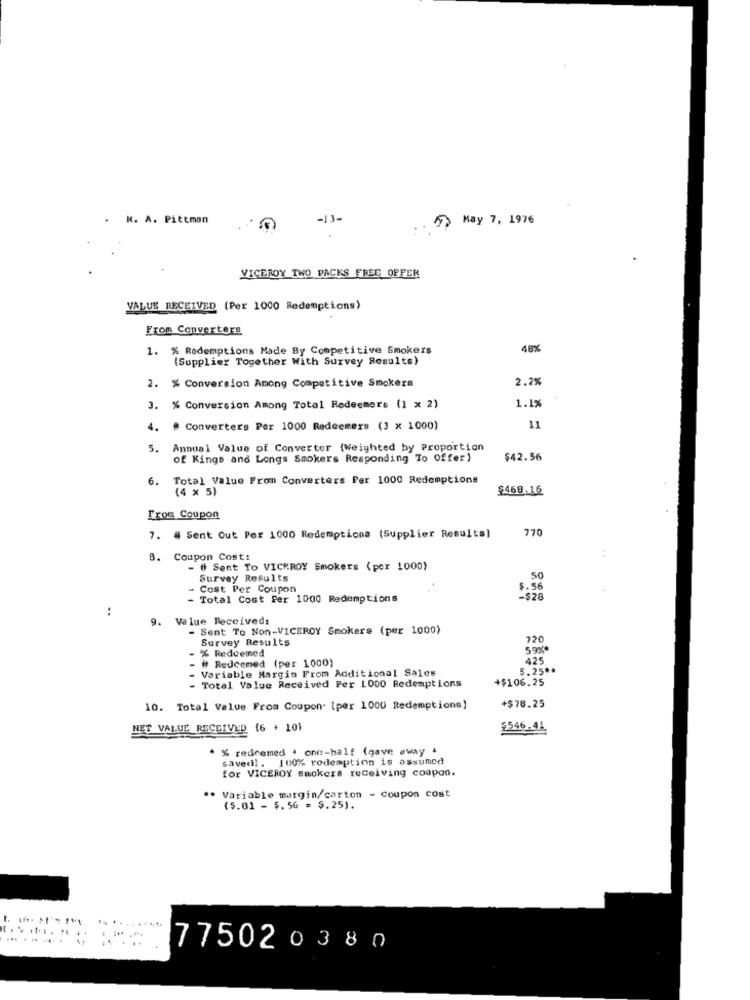
. K. A. Pittman
-13-
5) May 7, 1976
VICEROY TWO PACKS FREE OFFER
VALUE RECEIVED (Per 1000 Redemptions)
From Converters
1. % Redemptions Made By Competitive Smokers
48%
(Supplier Together With Survey Results)
2.2%
2. % Conversion Among Competitive Smokers
1.1%
3. % Conversion Among Total Redeemers (1 x 2)
4. # Converters Per 1000 Redeemers (3 x 1000)
11
5.
Annual Value of Converter (Weighted by Proportion
of Kings and Longs Smokers Responding To Offer)
$42.56
6.
Total Value From Converters Per 1000 Redemptions
(4 x 5)
£469.16
From Coupon
770
7. # Sent Out Per 1000 Redemptiona (Supplier Results)
B. Coupon Cost:
- # Sent To VICEROY Smokers (por 1000}
Survey Results
SO
- Cost Per Coupon
$.56
- Total Cost Per 1000 Redemptions
-$28
:
9.
Value Received:
- Sent To Non-VICEROY Smokers (per 1000)
Survey Results
720
% Redeemed
59%%"
# Redeemed (per 1000)
425
- Variable Margin From Additional Sales
5.25 **
+$106.25
- Total Value Received Per 1000 Redemptions
+$78.25
10. Total Value From Coupon. [per 1000 Redemptions)
NET VALUE RECEIVED (6 + 101
$546.41
* % redeemed + one-half (gave away +
saved). 100% redemption is assumed
for VICEROY smokers receiving coupon.
** Variable margin/carton - Coupon cost
($.01 - $. 56 = $. 25).
775020380